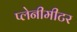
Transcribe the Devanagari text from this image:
प्लेनीमीटर